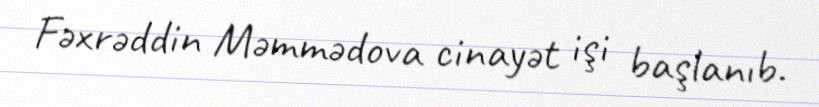
Fəxrəddin Məmmədova cinayət işi başlanıb.